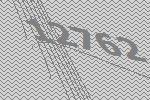
12762